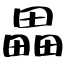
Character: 畾